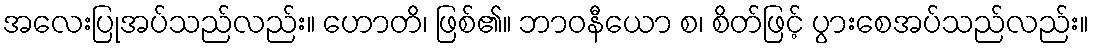
အလေးပြုအပ်သည်လည်း။ ဟောတိ၊ ဖြစ်၏။ ဘာဝနီယော စ၊ စိတ်ဖြင့် ပွားစေအပ်သည်လည်း။